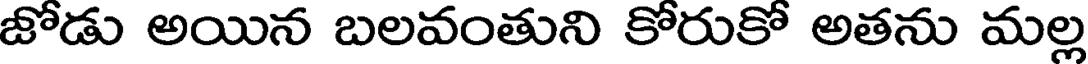
జోడు అయిన బలవంతుని కోరుకో అతను మల్ల